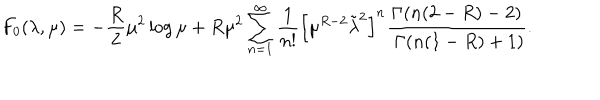
LaTeX: F _ { 0 } ( \lambda , \mu ) = - { \frac { R } { 2 } } \mu ^ { 2 } \log \mu + R \mu ^ { 2 } \sum _ { n = 1 } ^ { \infty } { \frac { 1 } { n ! } } \left[ \mu ^ { R - 2 } \tilde { \lambda } ^ { 2 } \right] ^ { n } { \frac { \Gamma ( n ( 2 - R ) - 2 ) } { \ \Gamma ( n ( 1 - R ) + 1 ) } } .